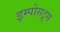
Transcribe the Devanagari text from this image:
इम्पोसट्र्स